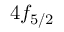
4 f _ { 5 / 2 }